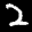
Label: 2